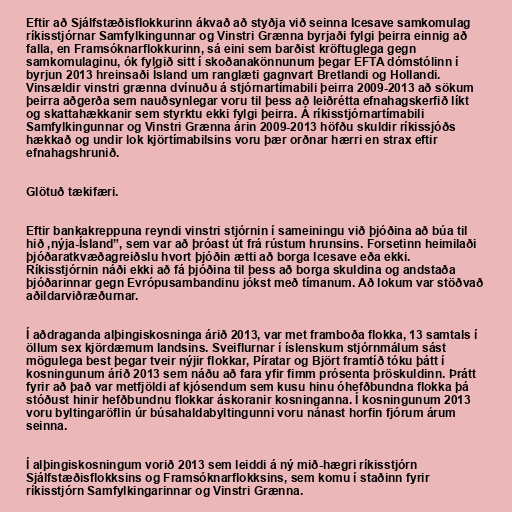
Eftir að Sjálfstæðisflokkurinn ákvað að styðja við seinna Icesave samkomulag
ríkisstjórnar Samfylkingunnar og Vinstri Grænna byrjaði fylgi þeirra einnig að
falla, en Framsóknarflokkurinn, sá eini sem barðist kröftuglega gegn
samkomulaginu, ók fylgið sitt í skoðanakönnunum þegar EFTA dómstólinn í
byrjun 2013 hreinsaði Ísland um ranglæti gagnvart Bretlandi og Hollandi.
Vinsældir vinstri grænna dvínuðu á stjórnartímabili þeirra 2009-2013 að sökum
þeirra aðgerða sem nauðsynlegar voru til þess að leiðrétta efnahagskerfið líkt
og skattahækkanir sem styrktu ekki fylgi þeirra. Á ríkisstjórnartímabili
Samfylkingunnar og Vinstri Grænna árin 2009-2013 höfðu skuldir ríkissjóðs
hækkað og undir lok kjörtímabilsins voru þær orðnar hærri en strax eftir
efnahagshrunið.

Glötuð tækifæri.

Eftir bankakreppuna reyndi vinstri stjórnin í sameiningu við þjóðina að búa til
hið ,nýja-Ísland”, sem var að þróast út frá rústum hrunsins. Forsetinn heimilaði
þjóðaratkvæðagreiðslu hvort þjóðin ætti að borga Icesave eða ekki.
Ríkisstjórnin náði ekki að fá þjóðina til þess að borga skuldina og andstaða
þjóðarinnar gegn Evrópusambandinu jókst með tímanum. Að lokum var stöðvað
aðildarviðræðurnar.

Í aðdraganda alþingiskosninga árið 2013, var met framboða flokka, 13 samtals í
öllum sex kjördæmum landsins. Sveiflurnar í íslenskum stjórnmálum sást
mögulega best þegar tveir nýjir flokkar, Píratar og Björt framtíð tóku þátt í
kosningunum árið 2013 sem náðu að fara yfir fimm prósenta þröskuldinn. Þrátt
fyrir að það var metfjöldi af kjósendum sem kusu hinu óhefðbundna flokka þá
stóðust hinir hefðbundnu flokkar áskoranir kosninganna. Í kosningunum 2013
voru byltingaröflin úr búsahaldabyltingunni voru nánast horfin fjórum árum
seinna.

Í alþingiskosningum vorið 2013 sem leiddi á ný mið-hægri ríkisstjórn
Sjálfstæðisflokksins og Framsóknarflokksins, sem komu í staðinn fyrir
ríkisstjórn Samfylkingarinnar og Vinstri Grænna.